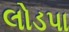
લોડપા